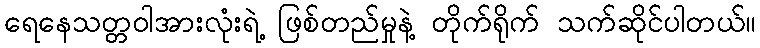
ရေနေသတ္တဝါအားလုံးရဲ့ ဖြစ်တည်မှုနဲ့ တိုက်ရိုက် သက်ဆိုင်ပါတယ်။